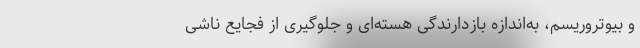
و بیوتروریسم، به‌اندازه بازدارندگی هسته‌ای و جلوگیری از فجایع ناشی